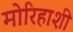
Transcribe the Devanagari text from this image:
मोरिहाशी